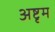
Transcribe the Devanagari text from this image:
अष्टृम